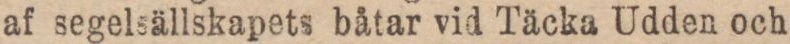
af segelsällskapets båtar vid Täcka Udden och